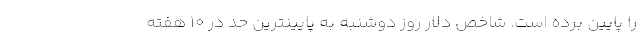
را پایین برده است. شاخص دلار روز دوشنبه به پایینترین حد در ۱۰ هفته